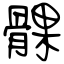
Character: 髁